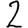
Digit: 2